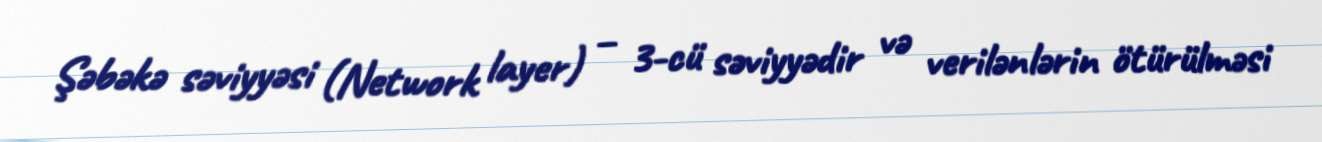
Şəbəkə səviyyəsi (Network layer) – 3-cü səviyyədir və verilənlərin ötürülməsi